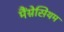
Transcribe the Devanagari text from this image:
मैंग्नेसियम